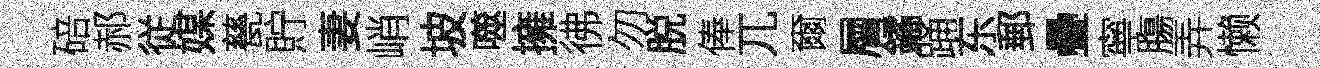
碚郝従媒甆貯妻峭坡噬擁彿勿脱俸兀爾層鐍踊东郵疊寧膓弄懒